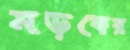
মড়কের